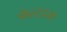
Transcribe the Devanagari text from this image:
फेल्टहम